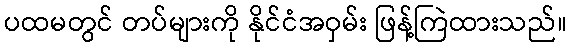
ပထမတွင် တပ်များကို နိုင်ငံအဝှမ်း ဖြန့်ကြဲထားသည်။